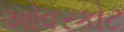
ઓવરકોટ